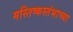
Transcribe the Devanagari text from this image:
मस्तिष्कस्तंभाच्या